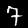
Label: 7